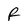
Character: F